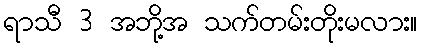
ရာသီ 3 အဘို့အ သက်တမ်းတိုးမလား။